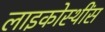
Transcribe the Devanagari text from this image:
लाइकोस्थींस